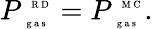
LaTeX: P_{\mathrm{~\tiny~g~a~s~}}^{\mathrm{~\tiny~R~D~}}=P_{\mathrm{~\tiny~g~a~s~}}^{\mathrm{~\tiny~M~C~}}.